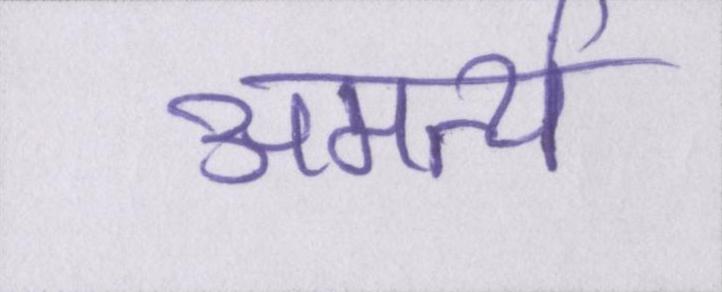
अमर्त्य